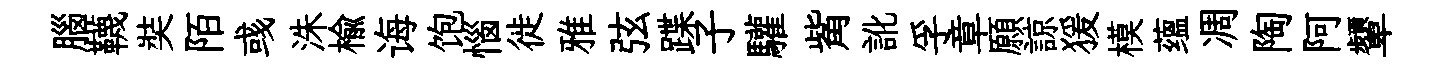
腦韈奘陌彧洙楡诲饱惱徙雅弦蹀子驩觜訛孚章願諒猨模蕴凋陶阿顰